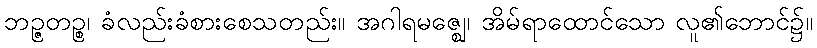
ဘဉ္ဇတဉ္စ၊ ခံလည်းခံစားစေသတည်း။ အဂါရမဇ္ဈေ၊ အိမ်ရာထောင်သော လူ၏ဘောင်၌။